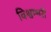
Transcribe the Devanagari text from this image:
विश्वम्भरी